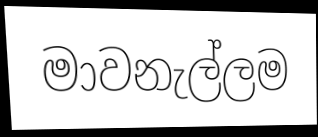
මාවනැල්ලම